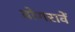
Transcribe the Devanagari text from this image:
वोगरावें